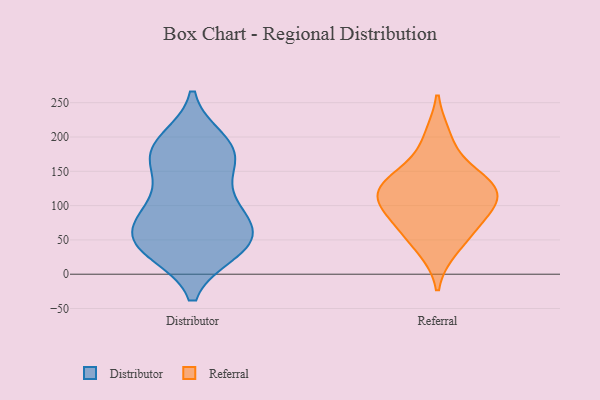
{"axis": {"x": "Production Output", "y": "Value"}, "legend": ["Distributor", "Referral"], "data": [{"x": "", "y": 115, "type": "Distributor"}, {"x": "", "y": 96, "type": "Distributor"}, {"x": "", "y": 65, "type": "Distributor"}, {"x": "", "y": 40, "type": "Distributor"}, {"x": "", "y": 84, "type": "Distributor"}, {"x": "", "y": 34, "type": "Distributor"}, {"x": "", "y": 185, "type": "Distributor"}, {"x": "", "y": 194, "type": "Distributor"}, {"x": "", "y": 46, "type": "Distributor"}, {"x": "", "y": 36, "type": "Distributor"}, {"x": "", "y": 175, "type": "Distributor"}, {"x": "", "y": 90, "type": "Distributor"}, {"x": "", "y": 45, "type": "Distributor"}, {"x": "", "y": 184, "type": "Distributor"}, {"x": "", "y": 57, "type": "Distributor"}, {"x": "", "y": 159, "type": "Distributor"}, {"x": "", "y": 164, "type": "Distributor"}, {"x": "", "y": 128, "type": "Referral"}, {"x": "", "y": 200, "type": "Referral"}, {"x": "", "y": 74, "type": "Referral"}, {"x": "", "y": 66, "type": "Referral"}, {"x": "", "y": 112, "type": "Referral"}, {"x": "", "y": 107, "type": "Referral"}, {"x": "", "y": 135, "type": "Referral"}, {"x": "", "y": 37, "type": "Referral"}, {"x": "", "y": 107, "type": "Referral"}, {"x": "", "y": 148, "type": "Referral"}]}